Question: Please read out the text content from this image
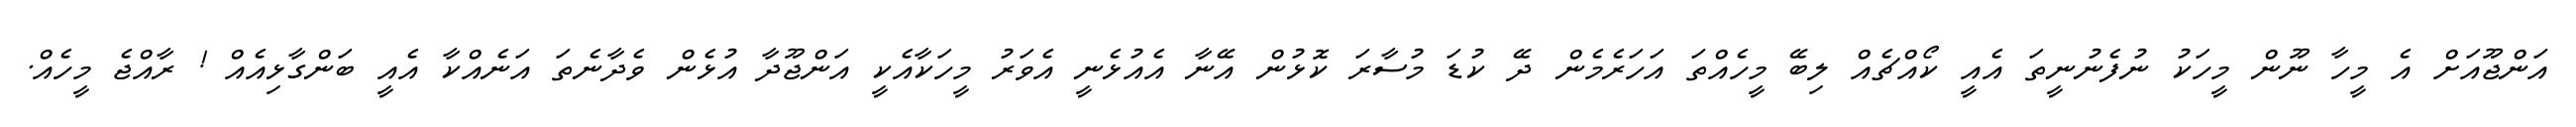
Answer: އަންޖޫއަށް އެ މީހާ ނޫން މީހަކު ނުފެނުނީތަ އެއީ ކޯއްޗެއް ލިބޭ މީހެއްތަ އަހަރެމެން ދޭ ކުޑަ މުސާރަ ކޮޅުން އޭނާ އެއުޅެނީ އެވަރު މީހަކާއެކީ އަންޖޫދާ އުޅެން ވެދާނެތަ އަނެއްކާ އެއީ ބަންގާޅިއެއް ! ރާއްޖެ މީހެއް.